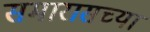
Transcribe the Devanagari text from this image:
समारासच्या